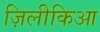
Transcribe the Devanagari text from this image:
ज़िलीकिआ